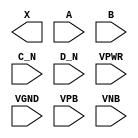
module sky130_fd_sc_ls__or4bb (
    X   ,
    A   ,
    B   ,
    C_N ,
    D_N ,
    VPWR,
    VGND,
    VPB ,
    VNB
);

    output X   ;
    input  A   ;
    input  B   ;
    input  C_N ;
    input  D_N ;
    input  VPWR;
    input  VGND;
    input  VPB ;
    input  VNB ;
endmodule